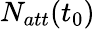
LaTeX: N_{att}(t_{0})